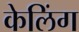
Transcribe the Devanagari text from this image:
केलिंग